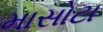
માસોટા